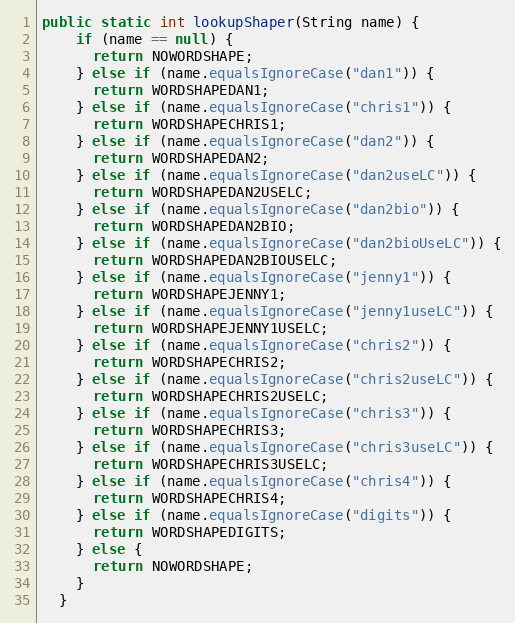
Language: Java
public static int lookupShaper(String name) {
    if (name == null) {
      return NOWORDSHAPE;
    } else if (name.equalsIgnoreCase("dan1")) {
      return WORDSHAPEDAN1;
    } else if (name.equalsIgnoreCase("chris1")) {
      return WORDSHAPECHRIS1;
    } else if (name.equalsIgnoreCase("dan2")) {
      return WORDSHAPEDAN2;
    } else if (name.equalsIgnoreCase("dan2useLC")) {
      return WORDSHAPEDAN2USELC;
    } else if (name.equalsIgnoreCase("dan2bio")) {
      return WORDSHAPEDAN2BIO;
    } else if (name.equalsIgnoreCase("dan2bioUseLC")) {
      return WORDSHAPEDAN2BIOUSELC;
    } else if (name.equalsIgnoreCase("jenny1")) {
      return WORDSHAPEJENNY1;
    } else if (name.equalsIgnoreCase("jenny1useLC")) {
      return WORDSHAPEJENNY1USELC;
    } else if (name.equalsIgnoreCase("chris2")) {
      return WORDSHAPECHRIS2;
    } else if (name.equalsIgnoreCase("chris2useLC")) {
      return WORDSHAPECHRIS2USELC;
    } else if (name.equalsIgnoreCase("chris3")) {
      return WORDSHAPECHRIS3;
    } else if (name.equalsIgnoreCase("chris3useLC")) {
      return WORDSHAPECHRIS3USELC;
    } else if (name.equalsIgnoreCase("chris4")) {
      return WORDSHAPECHRIS4;
    } else if (name.equalsIgnoreCase("digits")) {
      return WORDSHAPEDIGITS;
    } else {
      return NOWORDSHAPE;
    }
  }